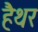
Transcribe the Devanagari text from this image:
हैथर